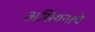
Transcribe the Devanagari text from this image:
असियनाचे